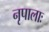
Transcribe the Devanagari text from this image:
नृपालाः